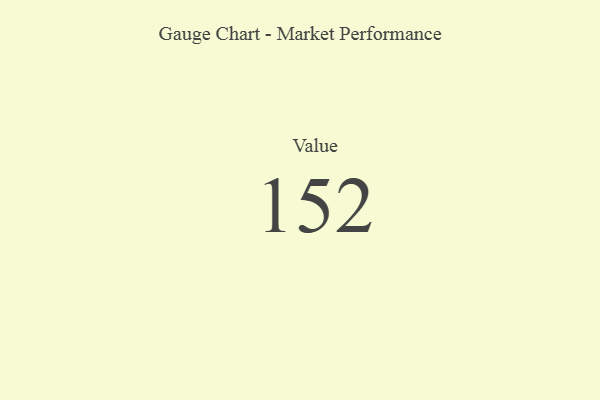
{"axis": {"x": "Metric", "y": "Value"}, "legend": [""], "data": [{"x": "Value", "y": 152, "type": ""}]}